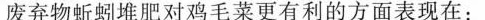
废弃物蚯蚓堆肥对鸡毛菜更有利的方面表现在：